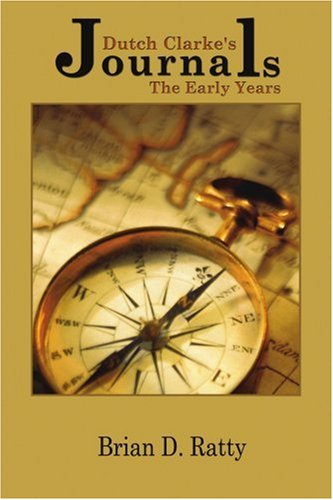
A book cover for Dutch Clarke's Journals: The Early Years; Brian Ratty; Teen & Young Adult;